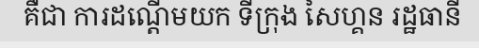
គឺជា ការដណ្តើមយក ទីក្រុង សៃហ្គន រដ្ឋធានី